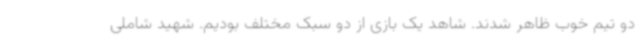
دو تیم خوب ظاهر شدند. شاهد یک بازی از دو سبک مختلف بودیم. شهید شاملی